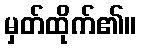
မှတ်ထိုက်၏။